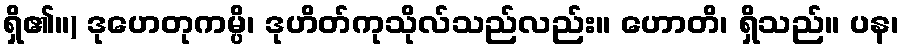
ရှိ၏။) ဒုဟေတုကမ္ပိ၊ ဒုဟိတ်ကုသိုလ်သည်လည်း။ ဟောတိ၊ ရှိသည်။ ပန၊